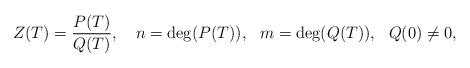
LaTeX: \begin{align*} Z(T) = \frac{P(T)}{Q(T)}, \ \ \ n=\deg(P(T)), \ \ m=\deg(Q(T)), \ \ Q(0)\not= 0, \end{align*}